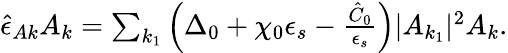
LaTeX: \begin{array}{r}{\hat{\epsilon}_{Ak}A_{k}=\sum_{k_{1}}\left(\Delta_{0}+\chi_{0}\epsilon_{s}-\frac{\hat{C}_{0}}{\epsilon_{s}}\right)\lvert A_{k_{1}}\rvert^{2}A_{k}.}\end{array}